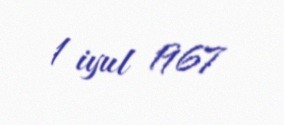
1 iyul 1967